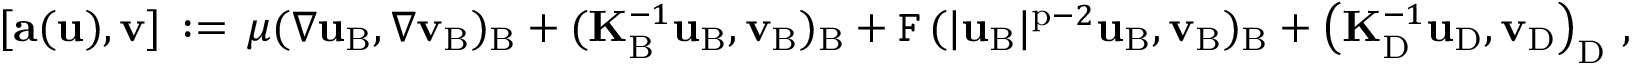
[ \mathbf { a } ( \mathbf { u } ) , { \mathbf { v } } ] \, : = \, \mu ( \nabla \mathbf { u } _ { \mathrm { B } } , \nabla { \mathbf { v } } _ { \mathrm { B } } ) _ { \mathrm { B } } + ( \mathbf { K } _ { \mathrm { B } } ^ { - 1 } \mathbf { u } _ { \mathrm { B } } , { \mathbf { v } } _ { \mathrm { B } } ) _ { \mathrm { B } } + \mathtt { F } \, ( | \mathbf { u } _ { \mathrm { B } } | ^ { \mathrm { p } - 2 } \mathbf { u } _ { \mathrm { B } } , { \mathbf { v } } _ { \mathrm { B } } ) _ { \mathrm { B } } + \left( \mathbf { K } _ { \mathrm { D } } ^ { - 1 } \mathbf { u } _ { \mathrm { D } } , { \mathbf { v } } _ { \mathrm { D } } \right) _ { \mathrm { D } } \, ,